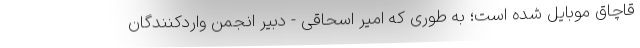
قاچاق موبایل شده است؛ به طوری که امیر اسحاقی - دبیر انجمن واردکنندگان